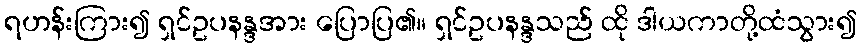
ရဟန်းကြား၍ ရှင်ဥပနန္ဒအား ပြောပြ၏။ ရှင်ဥပနန္ဒသည် ထို ဒါယကာတို့ထံသွား၍